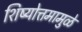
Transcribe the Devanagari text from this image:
शिष्योत्तमामुळे